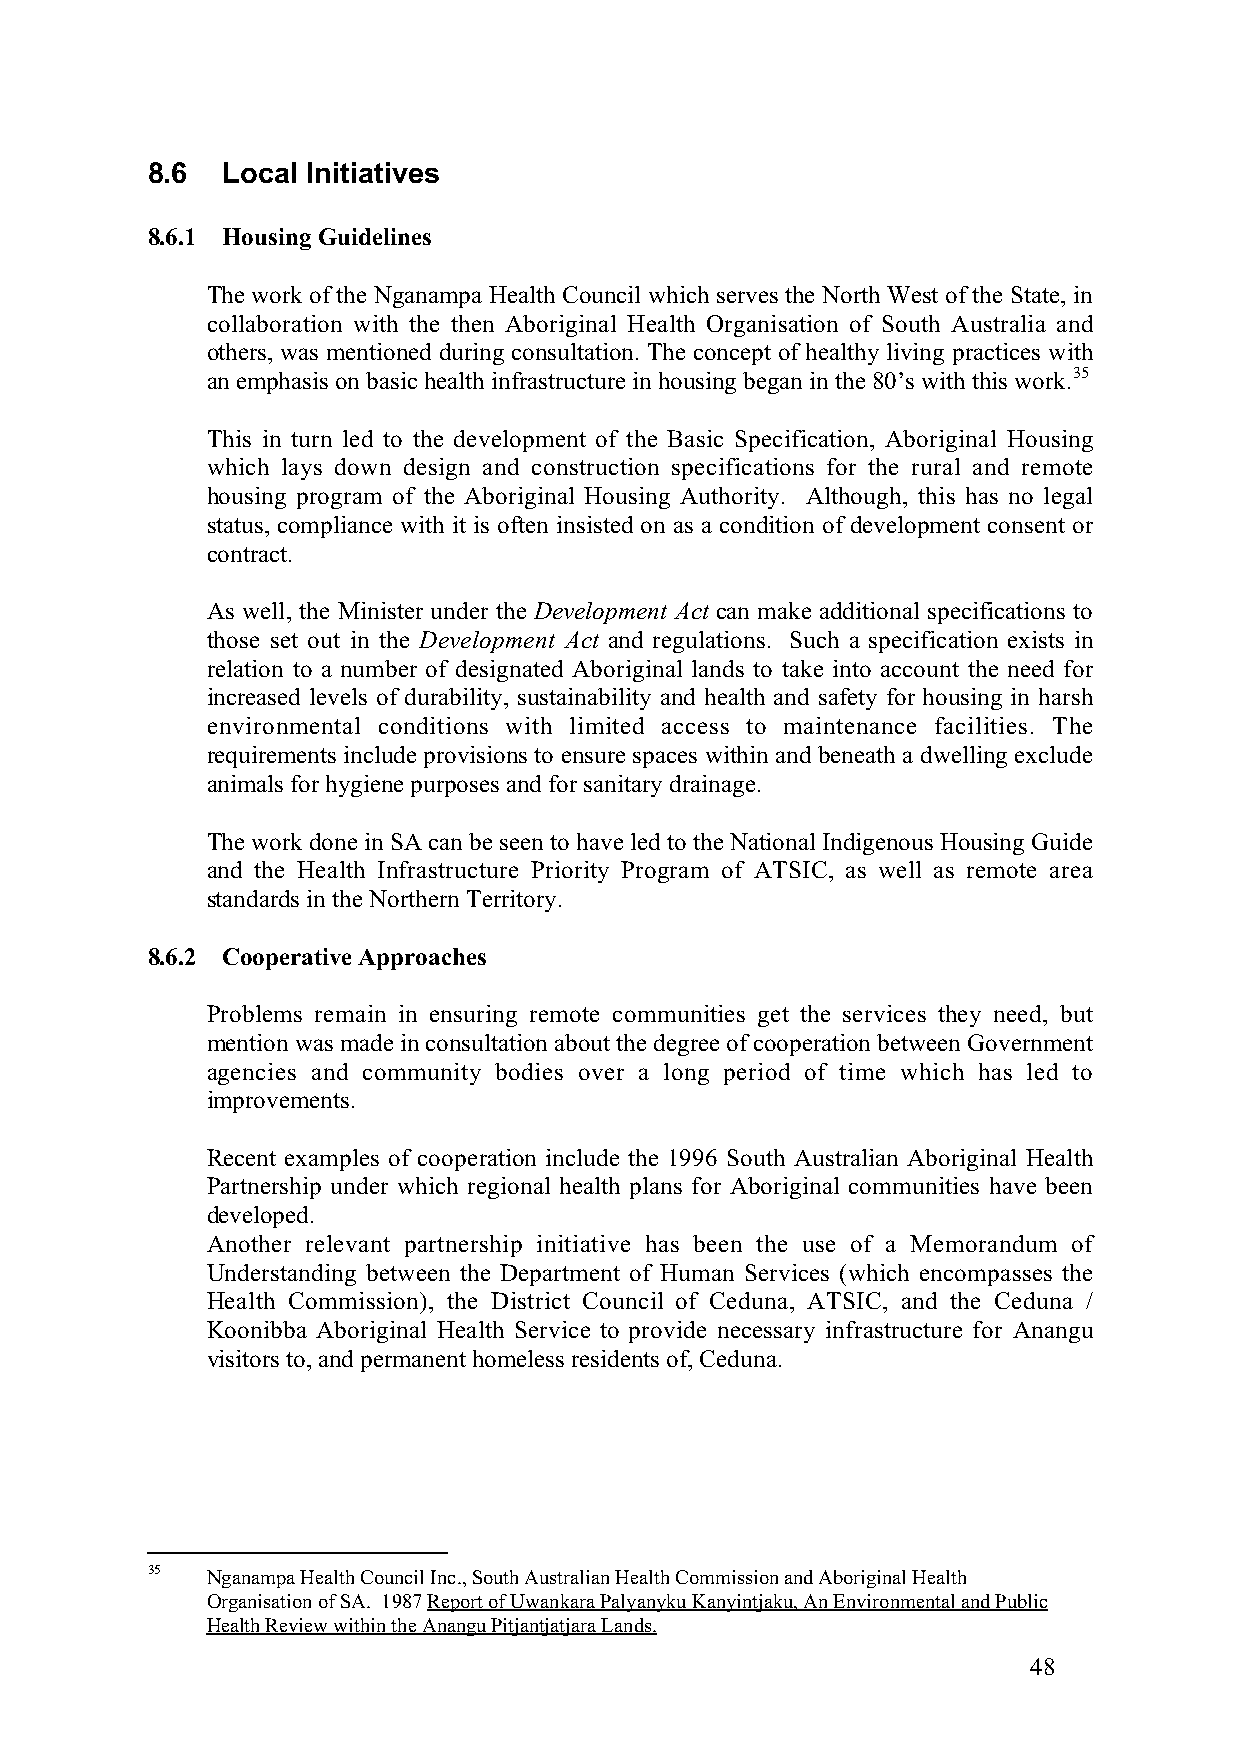
8.6  Local Initiatives
 8.6.1 Housing Guidelines
 The work of the Nganampa Health Council which serves the North West of the State, in
 collaboration with the then Aboriginal Health Organisation of South Australia and
 others, was mentioned during consultation. The concept of healthy living practices with
 an emphasis on basic health infrastructure in housing began in the 80’s with this work.35
 This in turn led to the development of the Basic Specification, Aboriginal Housing
 which lays down design and construction specifications for the rural and remote
 housing program of the Aboriginal Housing Authority. Although, this has no legal
 status, compliance with it is often insisted on as a condition of development consent or
 contract.
 As well, the Minister under the Development Act can make additional specifications to
 those set out in the Development Act and regulations. Such a specification exists in
 relation to a number of designated Aboriginal lands to take into account the need for
 increased levels of durability, sustainability and health and safety for housing in harsh
 environmental conditions with limited access to maintenance facilities. The
 requirements include provisions to ensure spaces within and beneath a dwelling exclude
 animals for hygiene purposes and for sanitary drainage.
 The work done in SA can be seen to have led to the National Indigenous Housing Guide
 and the Health Infrastructure Priority Program of ATSIC, as well as remote area
 standards in the Northern Territory.
 8.6.2 Cooperative Approaches
 Problems remain in ensuring remote communities get the services they need, but
 mention was made in consultation about the degree of cooperation between Government
 agencies and community bodies over a long period of time which has led to
 improvements.
 Recent examples of cooperation include the 1996 South Australian Aboriginal Health
 Partnership under which regional health plans for Aboriginal communities have been
 developed.
 Another relevant partnership initiative has been the use of a Memorandum of
 Understanding between the Department of Human Services (which encompasses the
 Health Commission), the District Council of Ceduna, ATSIC, and the Ceduna /
 Koonibba Aboriginal Health Service to provide necessary infrastructure for Anangu
 visitors to, and permanent homeless residents of, Ceduna.
 35  Nganampa Health Council Inc., South Australian Health Commission and Aboriginal Health
 Organisation of SA. 1987 Report of Uwankara Palyanyku Kanyintjaku, An Environmental and Public
 Health Review within the Anangu Pitjantjatjara Lands.
 48